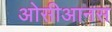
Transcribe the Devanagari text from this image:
ओसीआनस